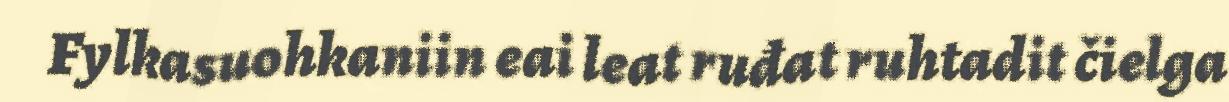
Fylkasuohkaniin eai leat ruđat ruhtadit čielga